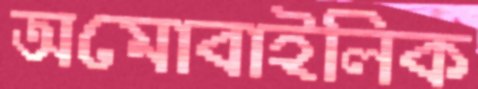
অমোবাইলিক